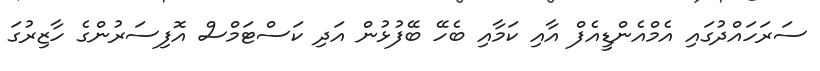
ސަރަހައްދުގައި އެމްއެންޑީއެފް އާއި ކަމާއި ބެހޭ ބޭފުޅުން އަދި ކަސްޓަމްސް އޮފިސަރުންގެ ހާޒިރުގަ